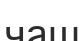
чаш